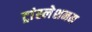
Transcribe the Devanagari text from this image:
ट्रांस्लेशनम